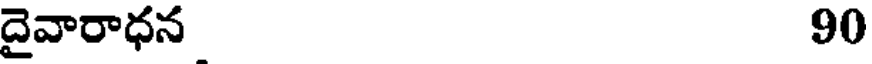
దైవారాధన 90